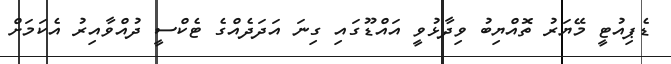
ޑެޕިއުޓީ މޭޔަރު ތޮއްޔިބު ވިދާޅުވީ އައްޑޫގައި ގިނަ އަދަދެއްގެ ޓެކްސީ ދުއްވާއިރު އެކަމަށް